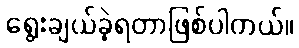
ရွေးချယ်ခဲ့ရတာဖြစ်ပါတယ်။